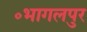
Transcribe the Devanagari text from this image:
॰भागलपुर